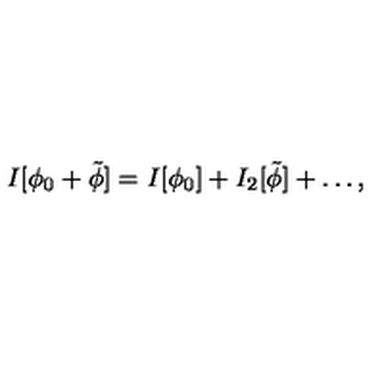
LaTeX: I [ \phi _ { 0 } + \tilde { \phi } ] = I [ \phi _ { 0 } ] + I _ { 2 } [ \tilde { \phi } ] + \ldots ,